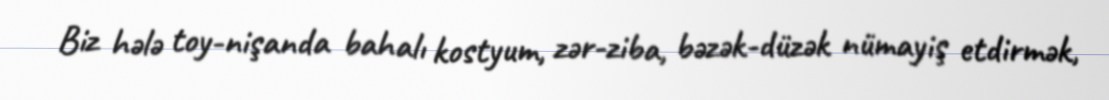
Biz hələ toy-nişanda bahalı kostyum, zər-ziba, bəzək-düzək nümayiş etdirmək,